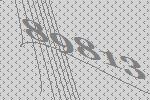
89813